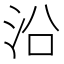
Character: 沿